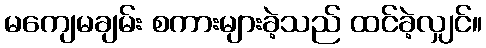
မကျေမချမ်း စကားများခဲ့သည် ထင်ခဲ့လျှင်။